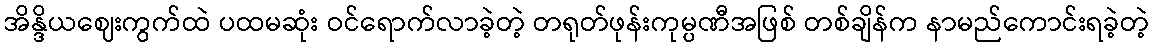
အိန္ဒိယဈေးကွက်ထဲ ပထမဆုံး ဝင်ရောက်လာခဲ့တဲ့ တရုတ်ဖုန်းကုမ္ပဏီအဖြစ် တစ်ချိန်က နာမည်ကောင်းရခဲ့တဲ့